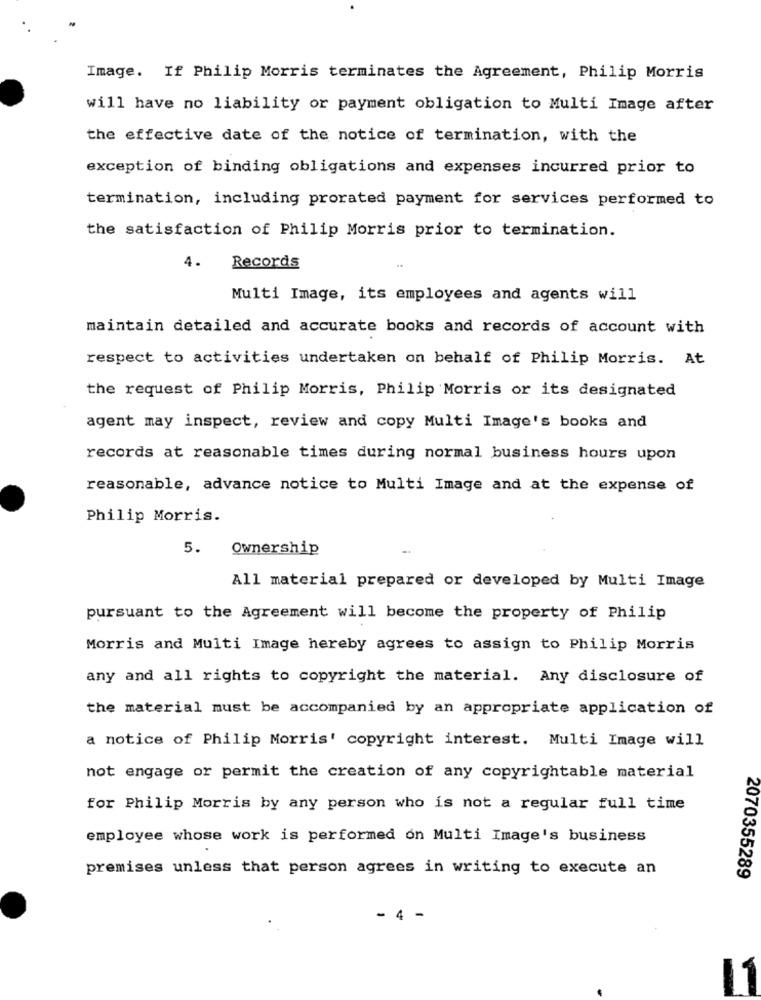
Image. If Philip Morris terminates the Agreement, Philip Morris
will have no liability or payment obligation to Multi Image after
the effective date of the notice of termination, with the
exception of binding obligations and expenses incurred prior to
termination, including prorated payment for services performed to
the satisfaction of Philip Morris prior to termination.
4.
Records
Multi Image, its employees and agents will
maintain detailed and accurate books and records of account with
respect to activities undertaken on behalf of Philip Morris. At
the request of Philip Morris, Philip Morris or its designated
agent may inspect, review and copy Multi Image's books and
records at reasonable times during normal business hours upon
reasonable, advance notice to Multi Image and at the expense of
Philip Morris.
5. Ownership
All material prepared or developed by Multi Image
pursuant to the Agreement will become the property of Philip
Morris and Multi Image hereby agrees to assign to Philip Morris
any and all rights to copyright the material. Any disclosure of
the material must be accompanied by an appropriate application of
a notice of Philip Morris' copyright interest. Multi Image will
not engage or permit the creation of any copyrightable material
for Philip Morris by any person who is not a regular full time
employee whose work is performed on Multi Image's business
premises unless that person agrees in writing to execute an
2070355289
- 4 -
1